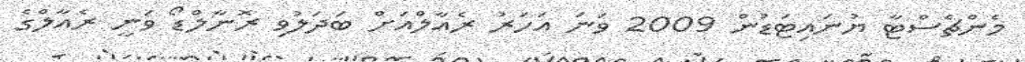
މެންޗެސްޓާ ޔުނައިޓަޑުން 2009 ވަނަ އަހަރު ރެއާލްއަށް ބަދަލުވި ރޮނާލްޑޯ ވަނީ ރެއާލްގެ